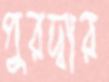
পুরদ্বার